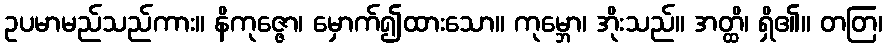
ဥပမာမည်သည်ကား။ နိကုဇ္ဇော၊ မှောက်၍ထားသော။ ကုမ္ဘော၊ အိုးသည်။ အတ္ထိ၊ ရှိ၏။ တတြ၊